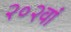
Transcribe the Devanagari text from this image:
२०२वां